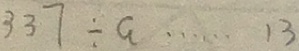
3 3 7 \div a \cdots 1 3